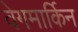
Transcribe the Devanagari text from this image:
वेगमार्किन